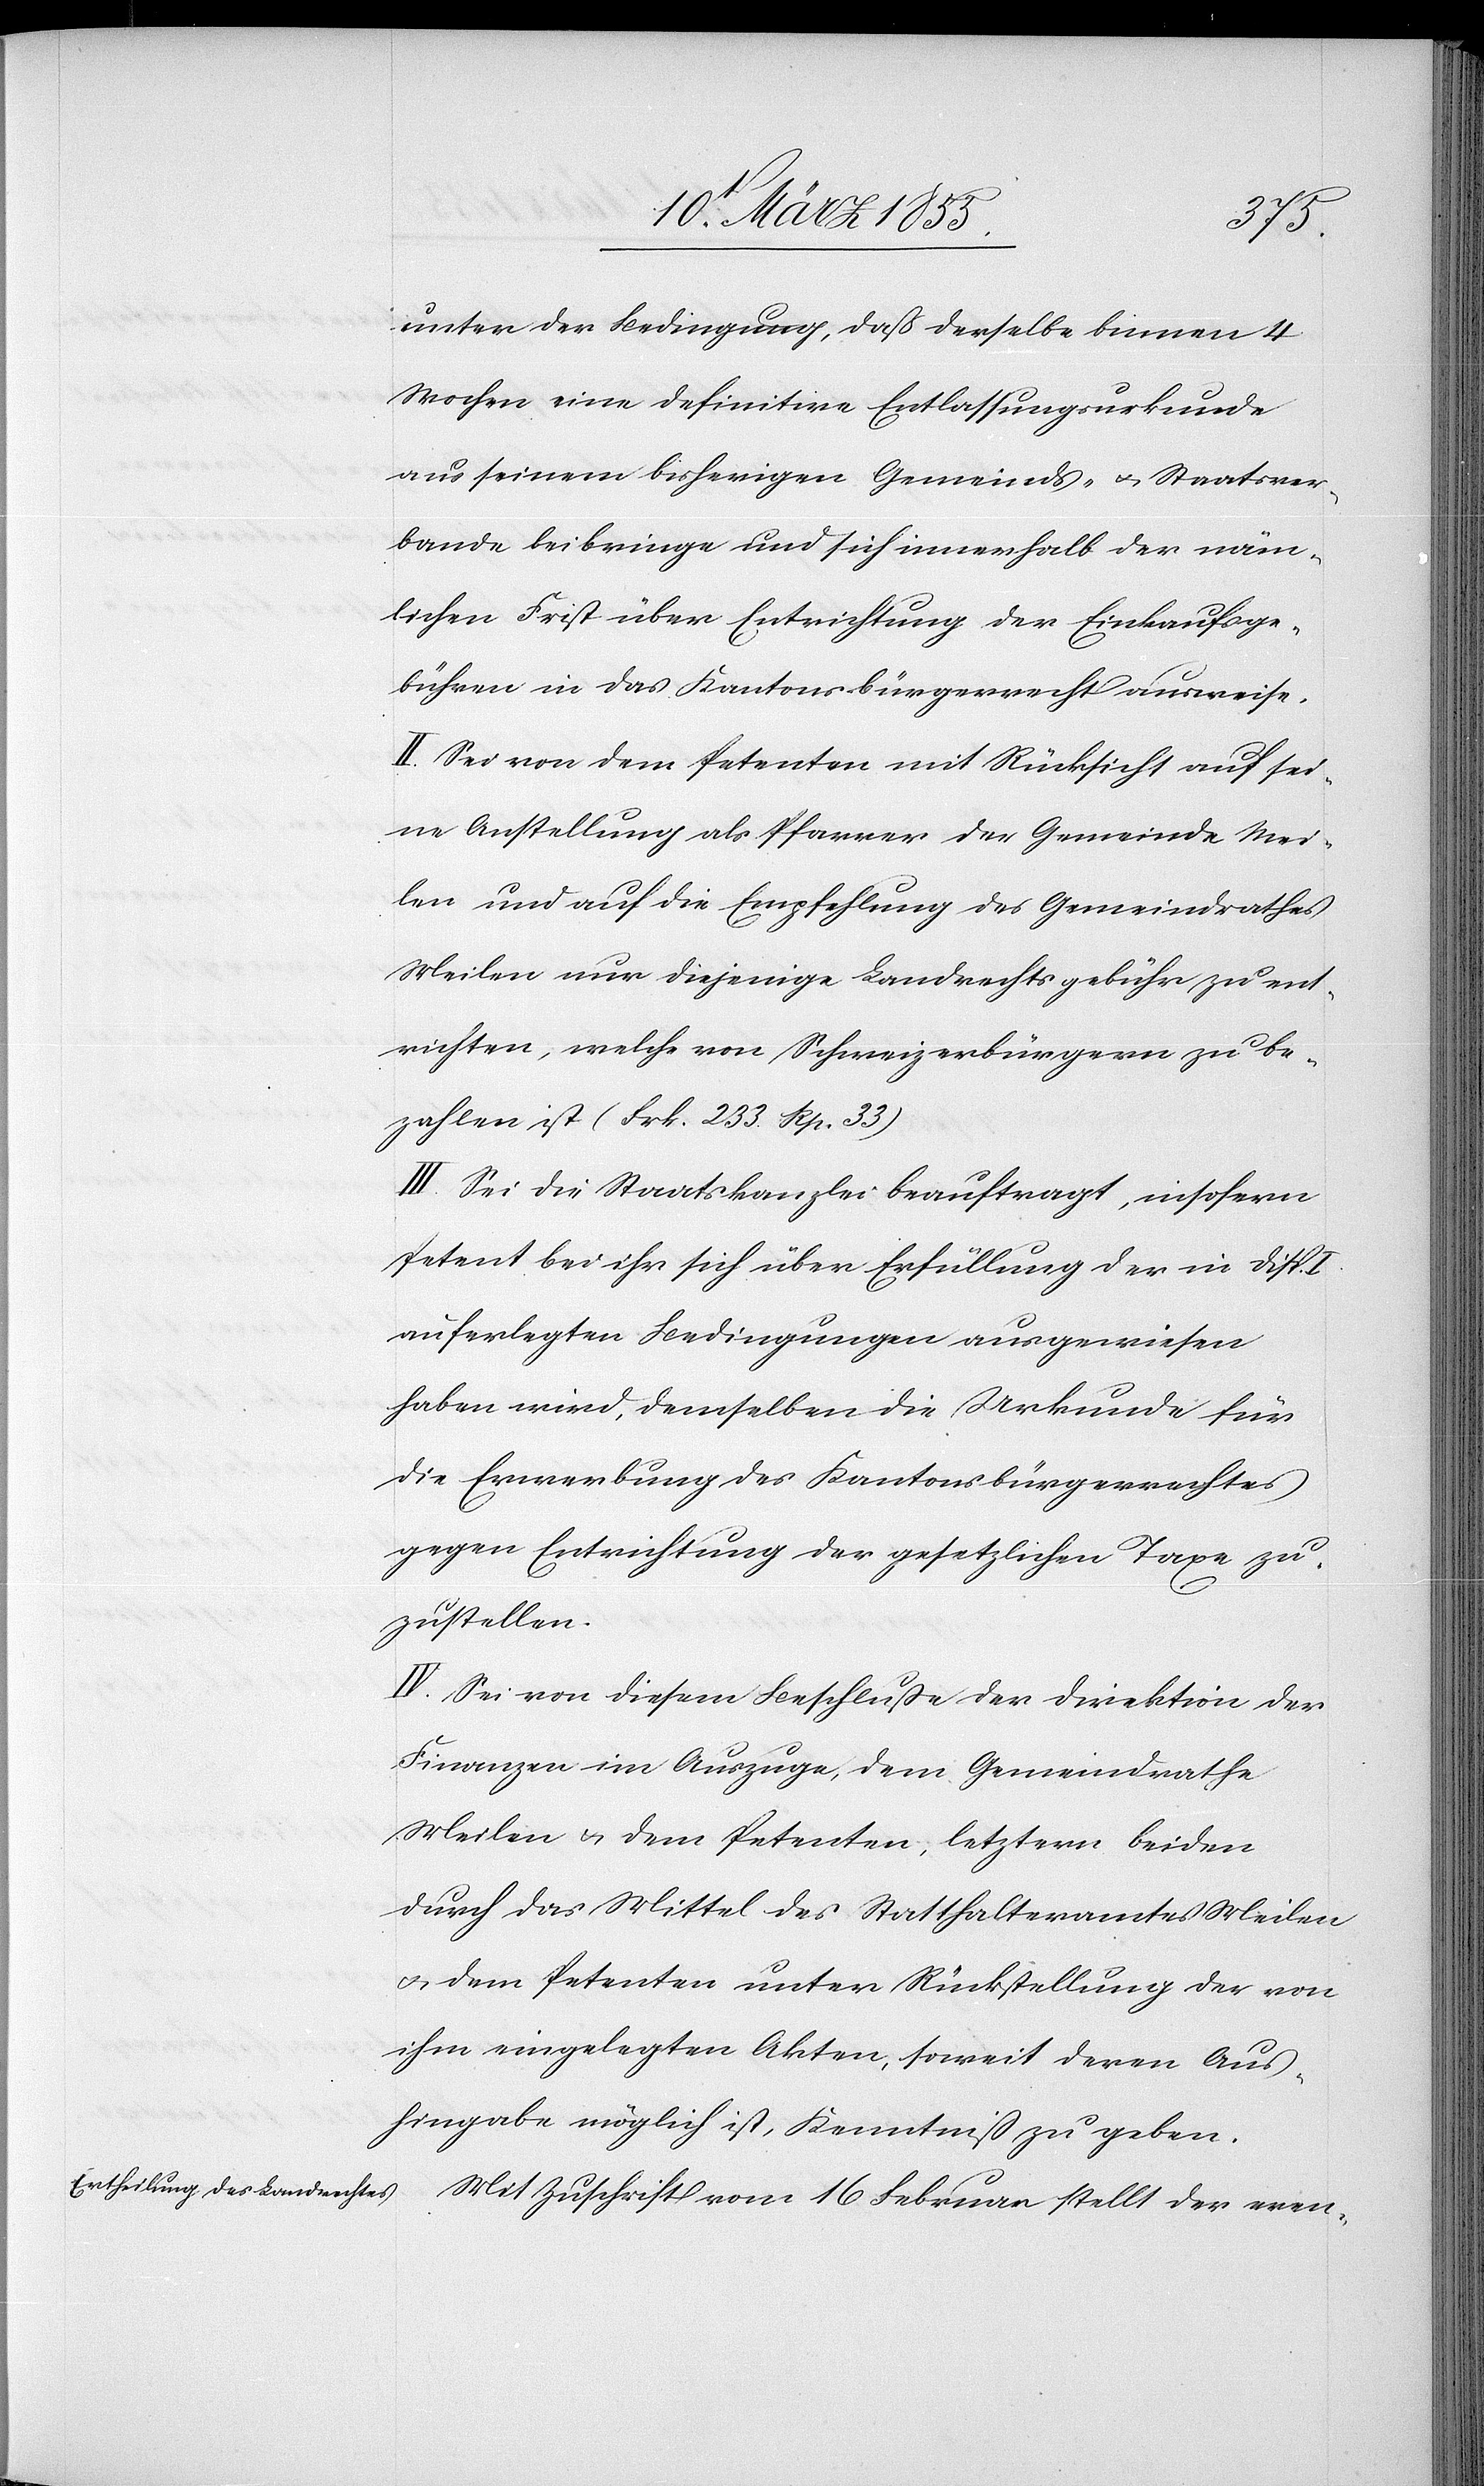
unter der Bedingung, daß derselbe binnen 4
Wochen eine definitive Entlassungsurkunde
aus seinem bisherigen Gemeinds- & Staatsver¬
bande beibringe und sich innerhalb der näm¬
lichen Frist über Entrichtung der Einkaufsge¬
bühren in das Kantonsbürgerrecht ausweise.
II. Sei von dem Petenten mit Rücksicht auf sei¬
ne Anstellung als Pfarrer der Gemeinde Mei¬
len und auf die Empfehlung des Gemeindrathes
Meilen nur diejenige Landrechtsgebühr zu ent¬
richten, welche von Schweizerbürgern zu be¬
zahlen ist (Frk. 233. Rp. 33)
III. Sei die Staatskanzlei beauftragt, insofern
Petent bei ihr sich über Erfüllung der in Disp. I
auferlegten Bedingungen ausgewiesen
haben wird, demselben die Urkunde für
die Erwerbung des Kantonsbürgerrechtes
gegen Entrichtung der gesetzlichen Taxe zu¬
zustellen.
IV. Sei von diesem Beschluße der Direktion der
Finanzen im Auszuge, dem Gemeindrathe
Meilen & dem Petenten, letztern beiden
durch das Mittel des Statthalteramtes Meilen
& dem Petenten unter Rückstellung der von
ihm eingelegten Akten, soweit deren Aus¬
hingabe möglich ist, Kenntniß zu geben.
Mit Zuschrift vom 16 Februar stellt der even-